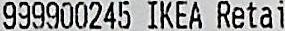
999900245 IKEA RETAI